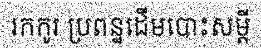
រកកូរ ប្រពន្ឋដើមបោះសម្តី